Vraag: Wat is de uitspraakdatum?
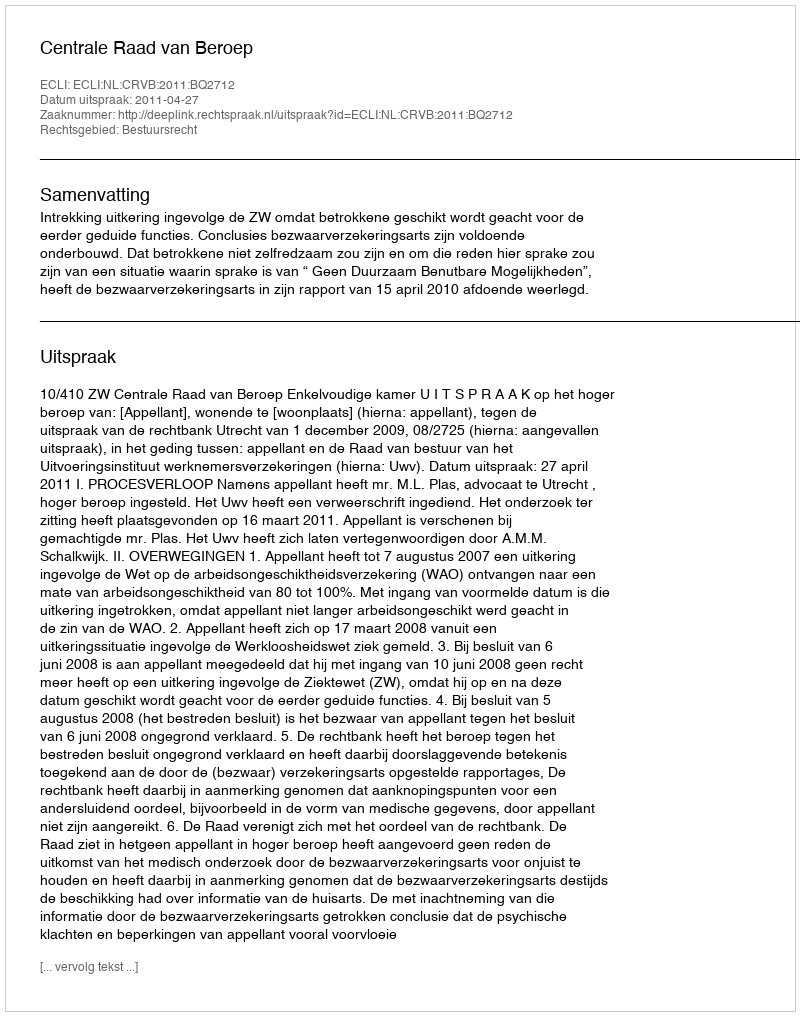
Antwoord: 2011-04-27